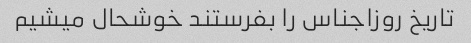
تاریخ روز‌اجناس را بفرستند خوشحال میشیم